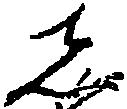
し